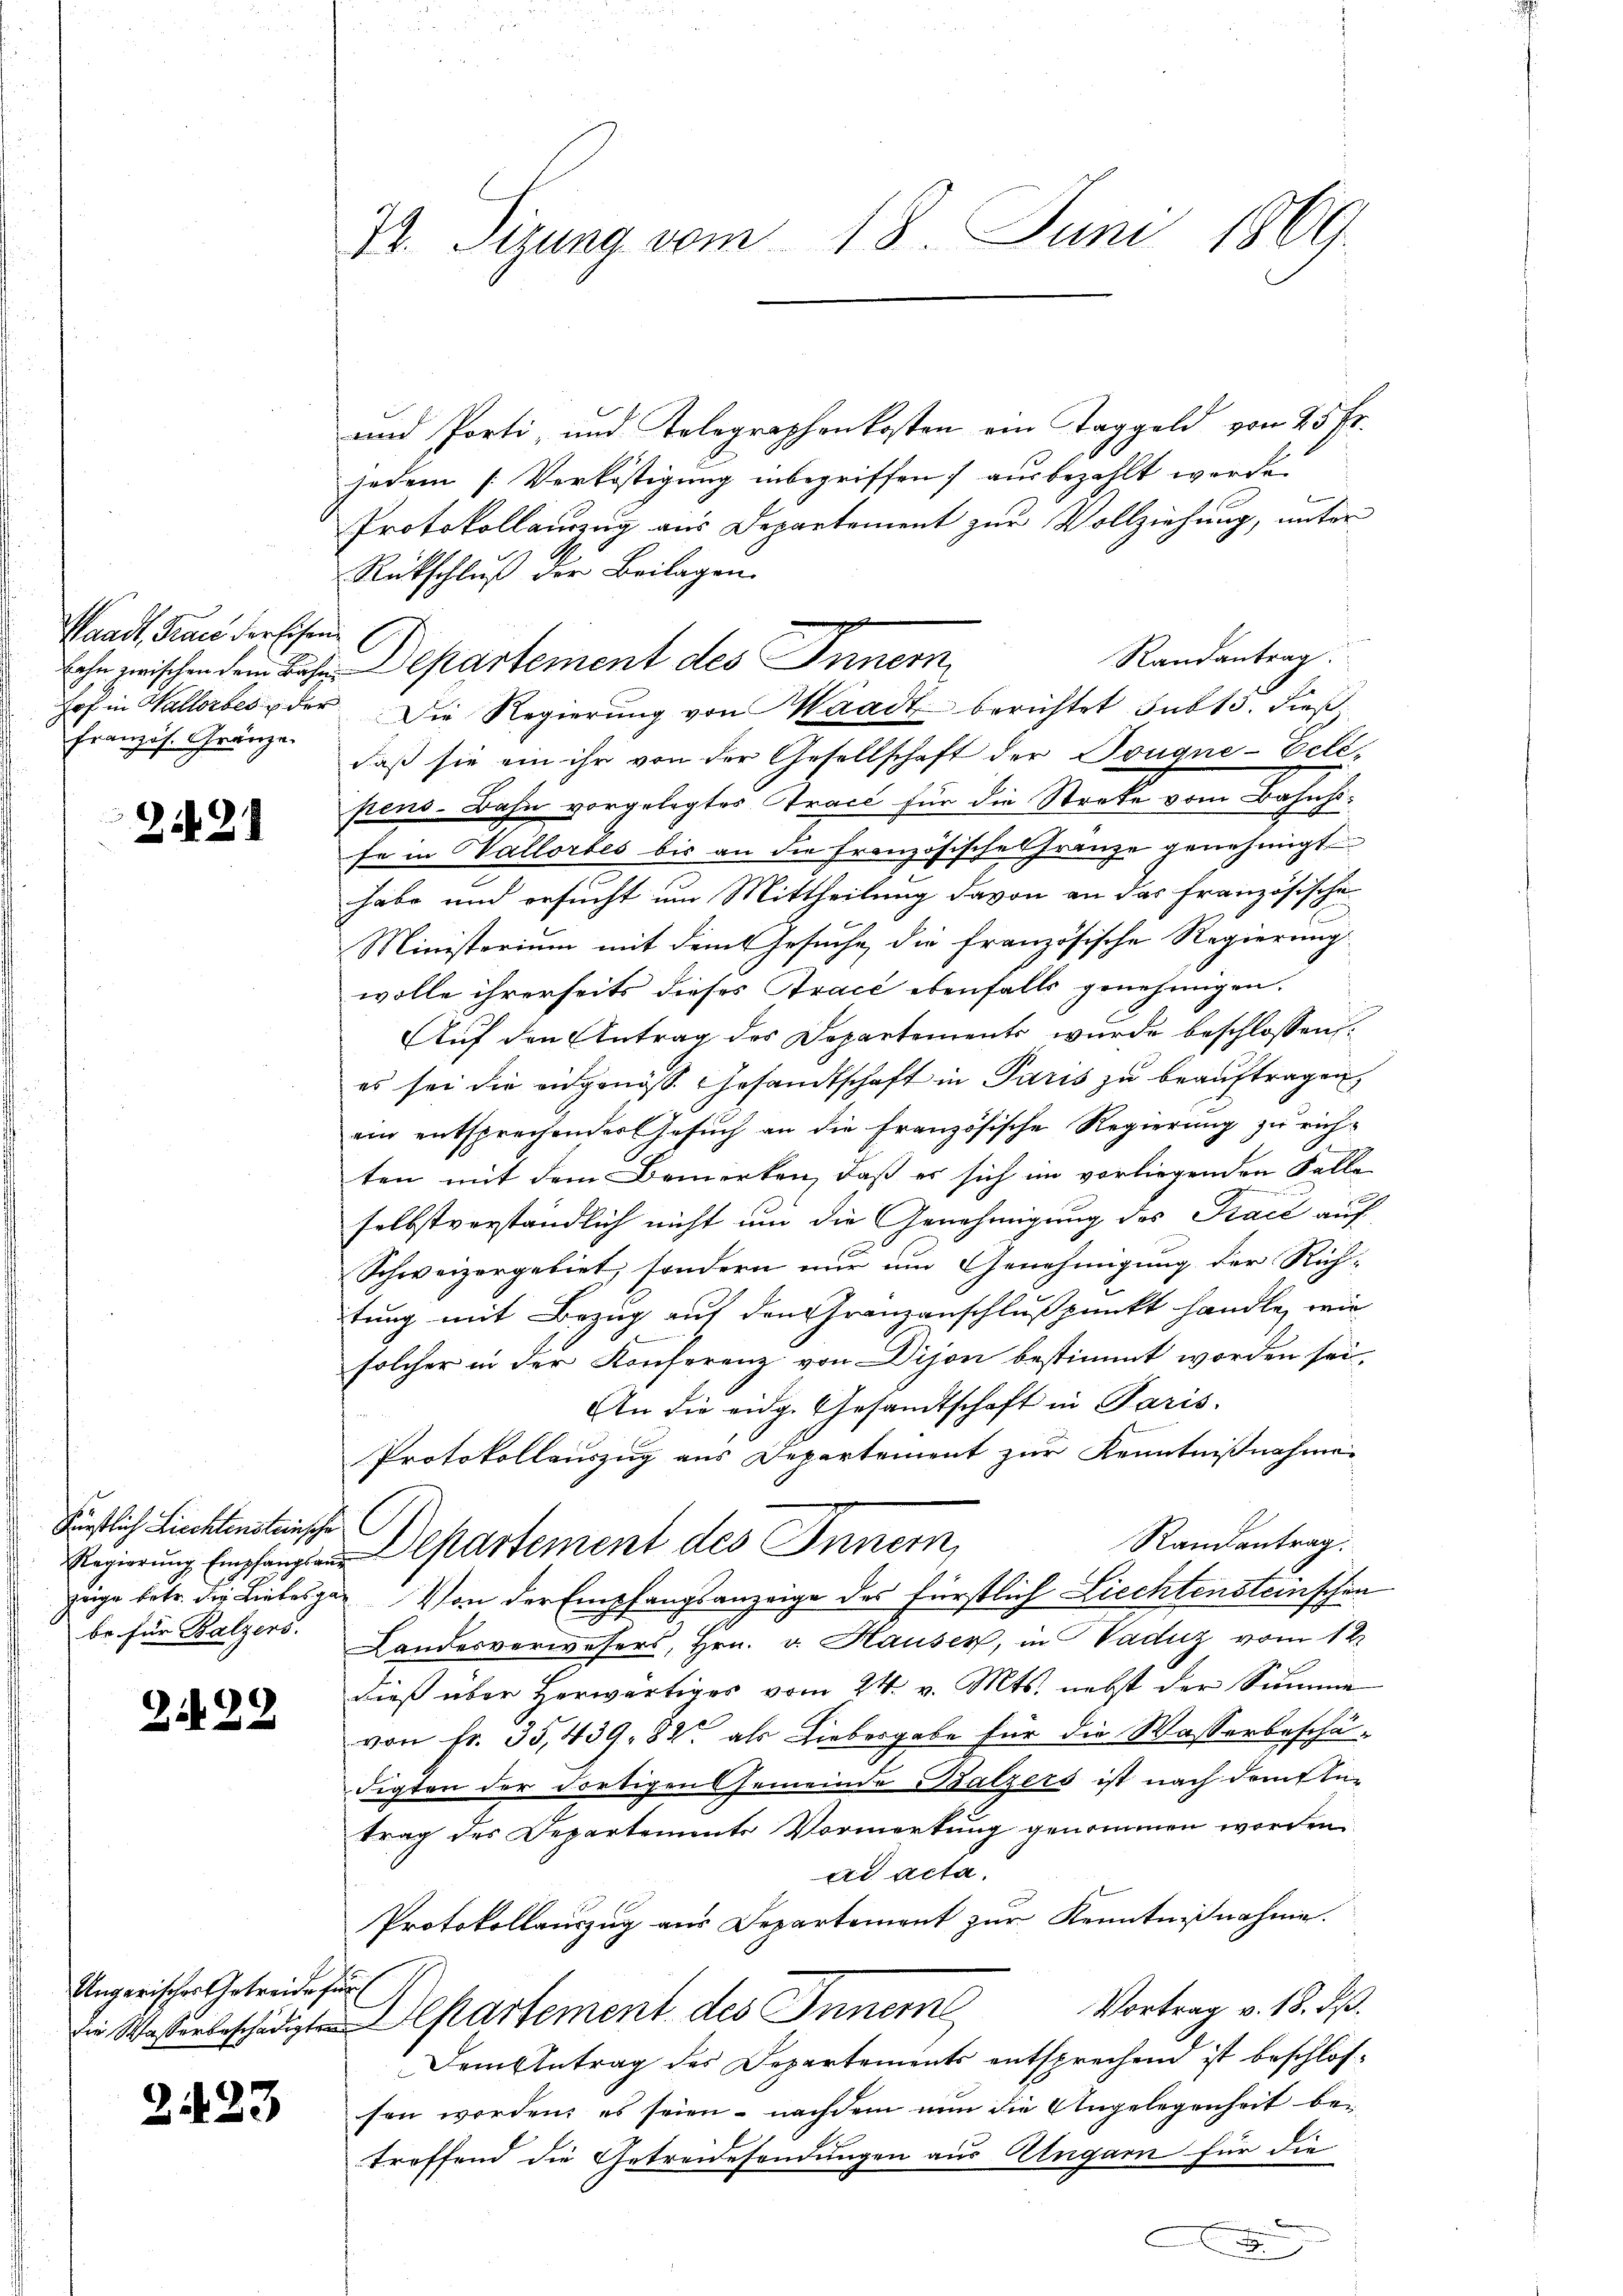
Waadt, Trace der Eisenfranzös. Gränze

2121

Fürstlich Liechtensteinsche
be für Balzens.

2.

22

Ungarisches Getreide für

223

74. Sitzung vom 18. Juni 1869.

und Porti, und Telegraphenkosten ein Taggeld von 25 Fr.
jedem Verköstigung inbegriffen] ausbezahlt werde.
Protokollauszug aus Departement zur Vollziehung, unter
Rückschluß der Beilagen.
Randantrag.
Lohn wischen dem Behe Departement des Innern
hof in Wallerbes der Die Regierung von Waadt berichtet subt3. dieß
daß sie ein ihr von der Gesellschaft der Dougne-Eelipens. Bahn vorgelegtes Trace für die Streke vom Bahnhose in Hallorbes bis an die französische Franze genehmigt
habe und ersucht um Mittheilung davon an das Französischen
Ministerium mit dem Gesuche die französische Regierung
wolle ihrerseits dieses Tracé ebenfalls genehmigen.
Auf den Antrag des Departements wurde beschlossen:
es sei die eidgenöss. Gesandtschaft in Paris zu beauftragen,
ein entsprechender Gesuch an die Französische Regierung zu richten mit dem Bemerken, daß es sich im vorliegenden Falle
u
selbstverständlich nicht und die Genehmigung des Tract auf
Schweizergebiet, sondern nur um Genehmigung der Rich-
tung mit Bezug auf den Franzanschlußpunkt handle, wie
solcher in der Konferenz von Dijon bestimmt worden sei,
An die eidg. Gesandtschaft in Paris.
Protokollauszug aus Departement zur Kenntnißnahme
Randantrag.
Regierung Empfangen Departement des Innern,
züge betr. die Liebesgaz Von der Empfangsanzeige des Fürstlich Liechtensteinschen
Landesverwesers, Hrn. v. Hauser, in Vadiz vom 12.
dieß über herwärtiges vom 24. v. Mts. nebst der Summe
von Fr. 35,439. 82 als Liebesgabe für die Wasserbeschädigten der dortigen Gemeinde Balzers ist nach dem An-
trag des Departemente Vormerkung genommen worden.
ad acta.
Protokollauszug aus Departement zur Kenntnißnahme.
Vortrag v. 18. ds.
iin Waßerbeschädigten Departement des Inner
Dementrag des Departements entsprechend ist beschlosfen worden, es seien - nachdem nun die Angelegenheit betreffend die Getreidesendungen aus Ungarn für die
C
A